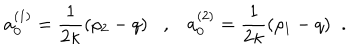
a _ { 0 } ^ { ( 1 ) } = \frac { 1 } { 2 \kappa } ( \rho _ { 2 } - q ) , a _ { 0 } ^ { ( 2 ) } = \frac { 1 } { 2 \kappa } ( \rho _ { 1 } - q ) \; \; .